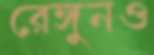
রেঙ্গুনও